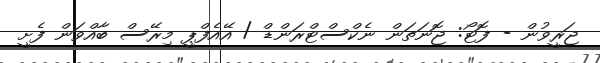
ޖަރީވުން - ފޮޓޯ: ޖޮނަތަން ނެކްސްޓްރަންޑް / އޭއެފްޕީ މިރޭސް ބާއްވަން ފެށީ